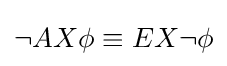
\neg AX\phi \equiv EX\neg \phi